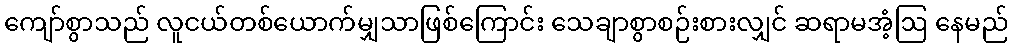
ကျော်စွာသည် လူငယ်တစ်ယောက်မျှသာဖြစ်ကြောင်း သေချာစွာစဉ်းစားလျှင် ဆရာမအံ့ဩ နေမည်